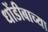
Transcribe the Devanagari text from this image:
धोंडीबाच्या